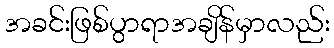
အခင်းဖြစ်ပွာရာအချိန်မှာလည်း